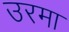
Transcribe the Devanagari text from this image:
उरमा